Annual report of the Punjab Veterinary College and of the Civil Veterinary Department, Punjab - 1926-1932
Year: 1926
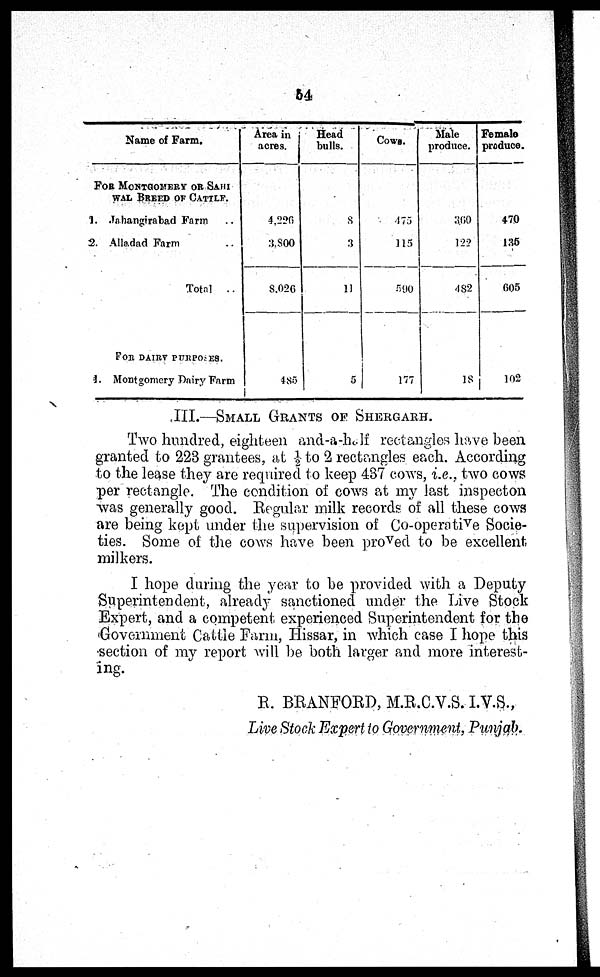
54
Name of Farm.
FOR MONTGOMERY OR SAHI
WAL BREED OF CATTLE.
1. Jahangirabad Farm ..
2. Alladad Farm ..
Total
..
FOR DAIRY PURPOSES.
4. Montgomery Dairy Farm
Area in
acres.
4.226
3,800
8,026
485
Head
bulls.
8
3
11
5
Cows.
475
115
590
177
Male
produce.
360
122
482
18
Female
produce.
470
135
605
102
III.—SMALL GRANTS OF SHERGARH.
Two hundred, eighteen and-a-half rectangles have been
granted to 223 grantees, at ½ to 2 rectangles each. According
to the lease they are required to keep 437 cows, i.e., two cows
per rectangle. The condition of cows at my last inspecton
was generally good. Regular milk records of all these cows
are being kept under the supervision of Co-operative Socie-
ties. Some of the cows have been proved to be excellent
milkers.
I hope during the year to be provided with a Deputy
Superintendent, already sanctioned under the Live Stock
Expert, and a competent experienced Superintendent for the
Government Cattle Farm, Hissar, in which case I hope this
section of my report will be both larger and more interest-
ing.
R. BRANFORD, M.R.C.V.S. I.V.S.,
Live Stock Expert to Government, Punjab.